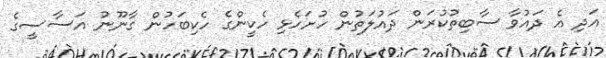
އަދި އެ ދައުވާ ސާބިތުކުރަން ދައުލަތުން ހުށަހެޅި ހެކީންގެ ހެކިބަހުން ގާނޫނު އަސާސީގެ